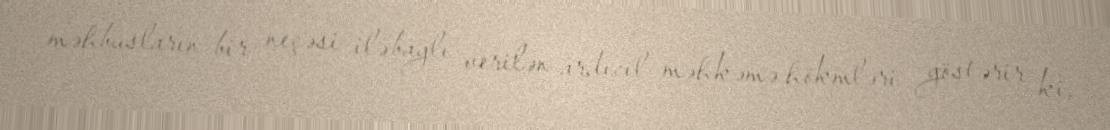
məhbusların bir neçəsi ilə bağlı verilən ardıcıl məhkəmə hökmləri göstərir ki,